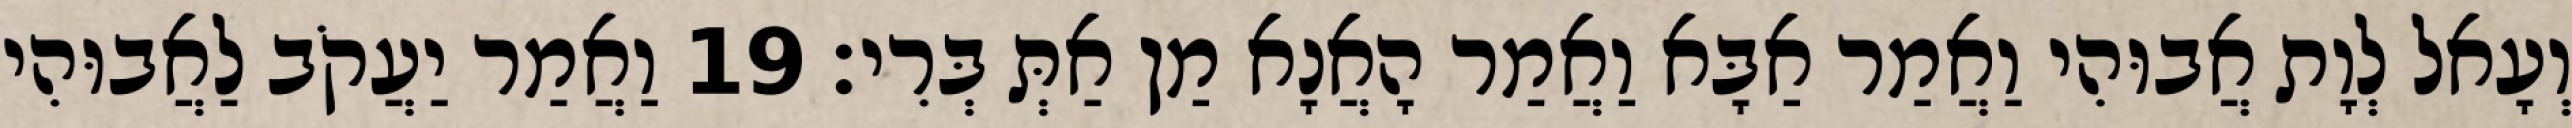
וְעָאל לְוָת אֲבוּהִי וַאֲמַר אַבָּא וַאֲמַר הָאֲנָא מַן אַתְּ בְּרִי׃ 19 וַאֲמַר יַעֲקֹב לַאֲבוּהִי